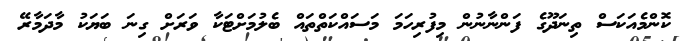
ކޮންމެއަކަސް ތިނަދޫގެ ފަންނާނުން މިފުރިހަމަ މަސައްކަތްތައް ބެލުމަށްޓަކާ ވަރަށް ގިނަ ބަޔަކު މާދަމާރޭ